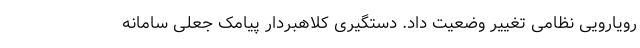
رویارویی نظامی تغییر وضعیت داد. دستگیری کلاهبردار پیامک جعلی سامانه